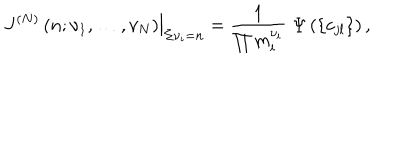
\left. \; J ^ { ( N ) } \left( n ; \nu _ { 1 } , \ldots , \nu _ { N } \right) \right| _ { \Sigma \nu _ { i } = n } = \frac { 1 } { \prod m _ { i } ^ { \nu _ { i } } } \; \Psi \left( \left\{ c _ { j l } \right\} \right) ,